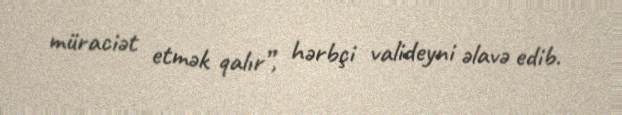
müraciət etmək qalır”, hərbçi valideyni əlavə edib.